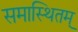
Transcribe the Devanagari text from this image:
समास्थितम्